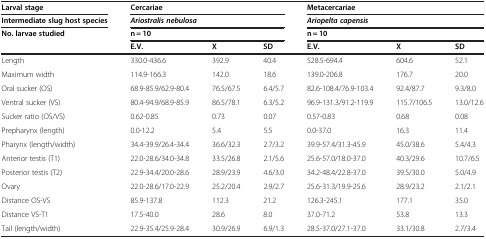
<table><thead><tr><td><b>Larval stage</b></td><td colspan="3"><b>Cercariae</b></td><td colspan="3"><b>Metacercariae</b></td></tr><tr><td><b>Intermediate slug host species</b></td><td colspan="3"><b>Ariostralis nebulosa</b></td><td colspan="3"><b>Ariopelta capensis</b></td></tr><tr><td><b>No. larvae studied</b></td><td colspan="3"><b>n = 10</b></td><td colspan="3"><b>n = 10</b></td></tr><tr><td><b> </b></td><td><b>E.V.</b></td><td><b>X</b></td><td><b>SD</b></td><td><b>E.V.</b></td><td><b>X</b></td><td><b>SD</b></td></tr></thead><tbody><tr><td>Length</td><td>330.0-436.6</td><td>392.9</td><td>40.4</td><td>528.5-694.4</td><td>604.6</td><td>52.1</td></tr><tr><td>Maximum width</td><td>114.9-166.3</td><td>142.0</td><td>18.6</td><td>139.0-206.8</td><td>176.7</td><td>20.0</td></tr><tr><td>Oral sucker (OS)</td><td>68.9-85.9/62.9-80.4</td><td>76.5/67.5</td><td>6.4/5.7</td><td>82.6-108.4/76.9-103.4</td><td>92.4/87.7</td><td>9.3/8.0</td></tr><tr><td>Ventral sucker (VS)</td><td>80.4-94.9/68.9-85.9</td><td>86.5/78.1</td><td>6.3/5.2</td><td>96.9-131.3/91.2-119.9</td><td>115.7/106.5</td><td>13.0/12.6</td></tr><tr><td>Sucker ratio (OS/VS)</td><td>0.62-0.85</td><td>0.73</td><td>0.07</td><td>0.57-0.83</td><td>0.68</td><td>0.08</td></tr><tr><td>Prepharynx (length)</td><td>0.0-12.2</td><td>5.4</td><td>5.5</td><td>0.0-37.0</td><td>16.3</td><td>11.4</td></tr><tr><td>Pharynx (length/width)</td><td>34.4-39.9/26.4-34.4</td><td>36.6/32.3</td><td>2.7/3.2</td><td>39.9-57.4/31.3-45.9</td><td>45.0/38.6</td><td>5.4/4.3</td></tr><tr><td>Anterior testis (T1)</td><td>22.0-28.6/34.0-34.8</td><td>33.5/26.8</td><td>2.1/5.6</td><td>25.6-57.0/18.0-37.0</td><td>40.3/29.6</td><td>10.7/6.5</td></tr><tr><td>Posterior testis (T2)</td><td>22.9-34.4/20.0-28.6</td><td>28.9/23.9</td><td>4.6/3.0</td><td>34.2-48.4/22.8-37.0</td><td>39.5/30.0</td><td>5.0/4.9</td></tr><tr><td>Ovary</td><td>22.0-28.6/17.0-22.9</td><td>25.2/20.4</td><td>2.9/2.7</td><td>25.6-31.3/19.9-25.6</td><td>28.9/23.2</td><td>2.1/2.1</td></tr><tr><td>Distance OS-VS</td><td>85.9-137.8</td><td>112.3</td><td>21.2</td><td>126.3-245.1</td><td>177.1</td><td>35.0</td></tr><tr><td>Distance VS-T1</td><td>17.5-40.0</td><td>28.6</td><td>8.0</td><td>37.0-71.2</td><td>53.8</td><td>13.3</td></tr><tr><td>Tail (length/width)</td><td>22.9-35.4/25.9-28.4</td><td>30.9/26.9</td><td>6.9/1.3</td><td>28.5-37.0/27.1-37.0</td><td>33.1/30.8</td><td>2.7/3.4</td></tr></tbody></table>